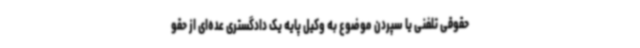
حقوقی تلفنی یا سپردن موضوع به وکیل پایه یک دادگستری عده‌ای از حقو